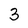
Character: 3